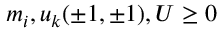
m _ { i } , u _ { k } ( \pm 1 , \pm 1 ) , U \ge 0